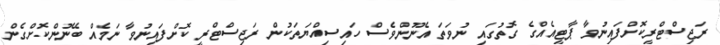
ރަޖިސްޓްރީކޮށްފައިނުވާ ޕާޓީއެއްގެ ގޮތުގައި ނުވަތަ އެނޫންވެސް ހައިސިއްޔަތަކުން ރަޖިސްޓްރީ ކޮށްފައިނުވާ ނަމެއް ބޭނުންކޮށްގެން